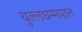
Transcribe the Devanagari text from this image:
चुल्लधम्मपाल